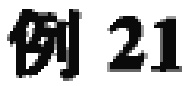
例 21